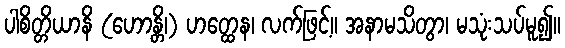
ပါစိတ္တိယာနိ (ဟောန္တိ၊) ဟတ္ထေန၊ လက်ဖြင့်။ အနာမသိတွာ၊ မသုံးသပ်မူ၍။